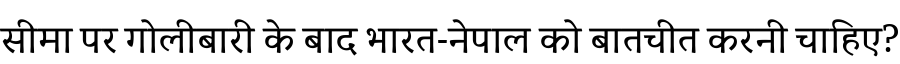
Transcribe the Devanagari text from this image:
सीमा पर गोलीबारी के बाद भारत-नेपाल को बातचीत करनी चाहिए?